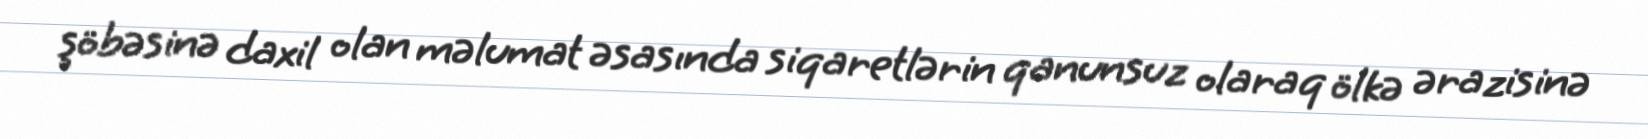
şöbəsinə daxil olan məlumat əsasında siqaretlərin qanunsuz olaraq ölkə ərazisinə